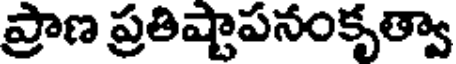
ప్రాణ ప్రతిష్టాపనంకృత్వా